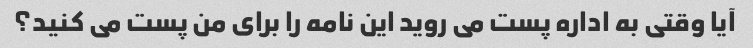
آیا وقتی به اداره پست می روید این نامه را برای من پست می کنید؟